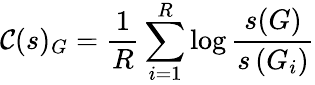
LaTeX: \mathcal{C}(s)_{G}=\frac{1}{R}\sum_{i=1}^{R}\log\frac{s(G)}{s\left(G_{i}\right)}